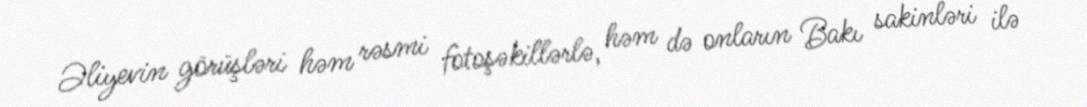
Əliyevin görüşləri həm rəsmi fotoşəkillərlə, həm də onların Bakı sakinləri ilə